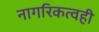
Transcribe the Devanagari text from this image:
नागरिकत्वही